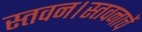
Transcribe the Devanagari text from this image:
स्तवन।स्तवनाचें